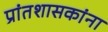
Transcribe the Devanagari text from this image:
प्रांतशासकांना